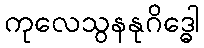
ကုလေသွနနုဂိဒ္ဓေါ